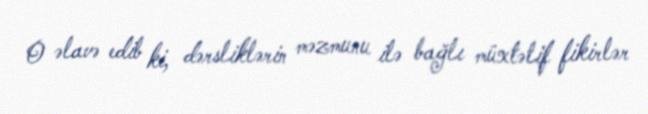
O əlavə edib ki, dərsliklərin məzmunu ilə bağlı müxtəlif fikirlər